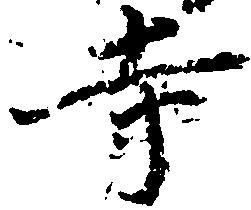
寺